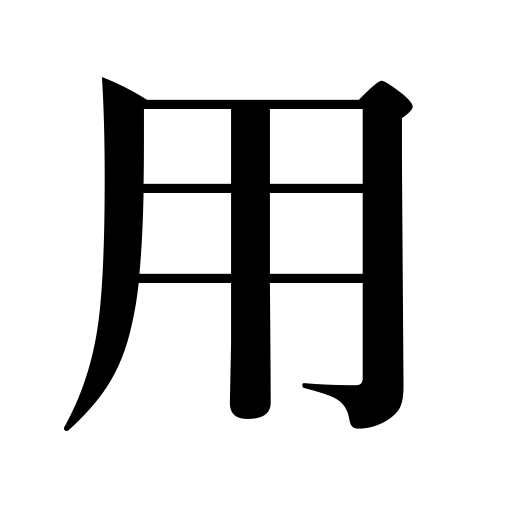
Meanings: employ,adopt a method,business,service,engagement,used for,work,use,expenses,errand,for,call of nature,function